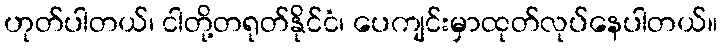
ဟုတ်ပါတယ်၊ ငါတို့တရုတ်နိုင်ငံ၊ ပေကျင်းမှာထုတ်လုပ်နေပါတယ်။